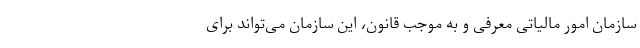
سازمان امور مالیاتی معرفی و به موجب قانون، این سازمان می‌تواند برای